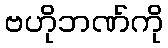
ဗဟိုဘဏ်ကို